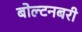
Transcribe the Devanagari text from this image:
बोल्टनबरी